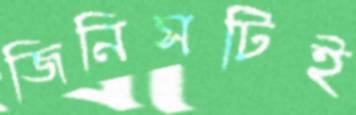
জিনিসটিই